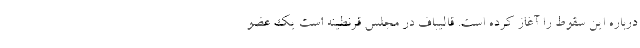
درباره این سقوط را آغاز کرده است. قالیباف در مجلس قرنطینه است یک عضو